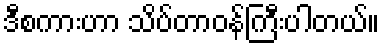
ဒီစကားဟာ သိပ်တာဝန်ကြီးပါတယ်။